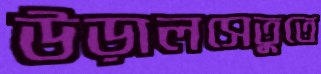
উড়ালসেতুতে